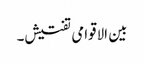
بین الاقوامی تفتیش۔